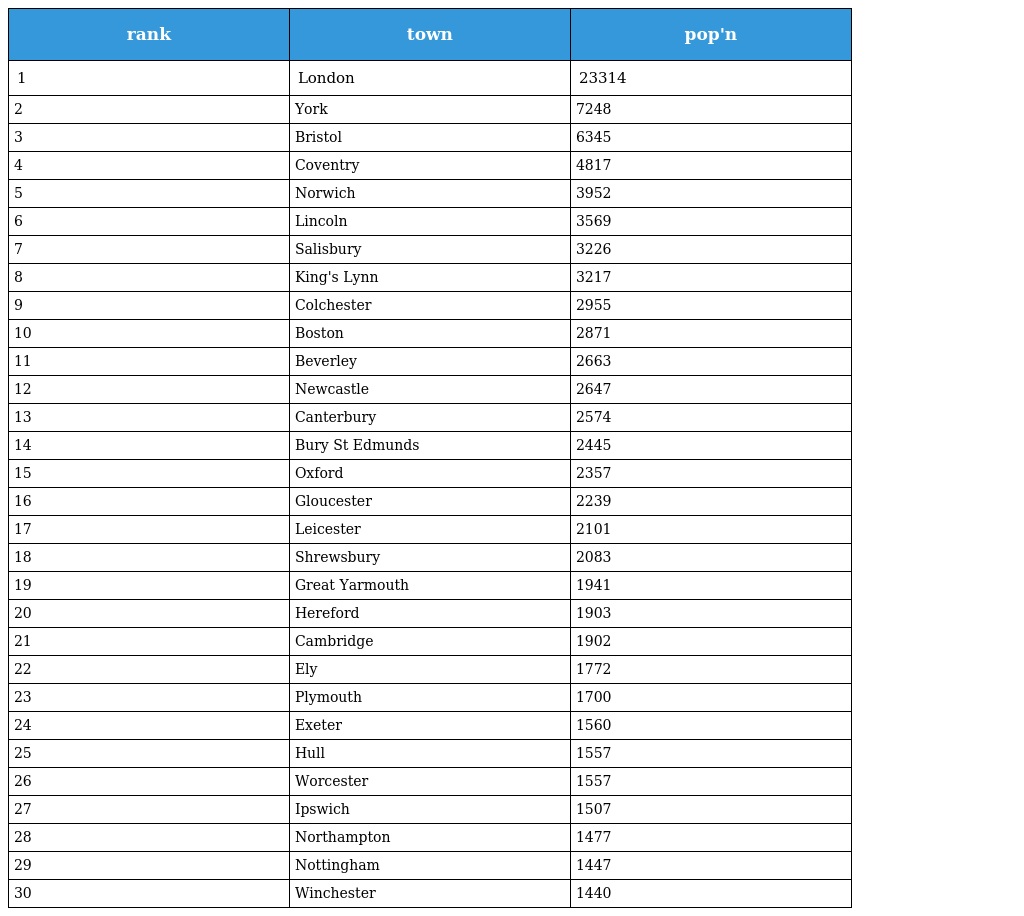
| rank | town | pop'n |
 | --- | --- | --- |
 | 1 | London | 23314 |
 | 2 | York | 7248 |
 | 3 | Bristol | 6345 |
 | 4 | Coventry | 4817 |
 | 5 | Norwich | 3952 |
 | 6 | Lincoln | 3569 |
 | 7 | Salisbury | 3226 |
 | 8 | King's Lynn | 3217 |
 | 9 | Colchester | 2955 |
 | 10 | Boston | 2871 |
 | 11 | Beverley | 2663 |
 | 12 | Newcastle | 2647 |
 | 13 | Canterbury | 2574 |
 | 14 | Bury St Edmunds | 2445 |
 | 15 | Oxford | 2357 |
 | 16 | Gloucester | 2239 |
 | 17 | Leicester | 2101 |
 | 18 | Shrewsbury | 2083 |
 | 19 | Great Yarmouth | 1941 |
 | 20 | Hereford | 1903 |
 | 21 | Cambridge | 1902 |
 | 22 | Ely | 1772 |
 | 23 | Plymouth | 1700 |
 | 24 | Exeter | 1560 |
 | 25 | Hull | 1557 |
 | 26 | Worcester | 1557 |
 | 27 | Ipswich | 1507 |
 | 28 | Northampton | 1477 |
 | 29 | Nottingham | 1447 |
 | 30 | Winchester | 1440 |